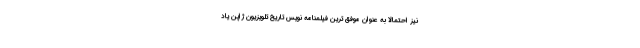
نیز احتمالا به عنوان موفق ترین فیلمنامه نویس تاریخ تلویزیون ژاپن یاد